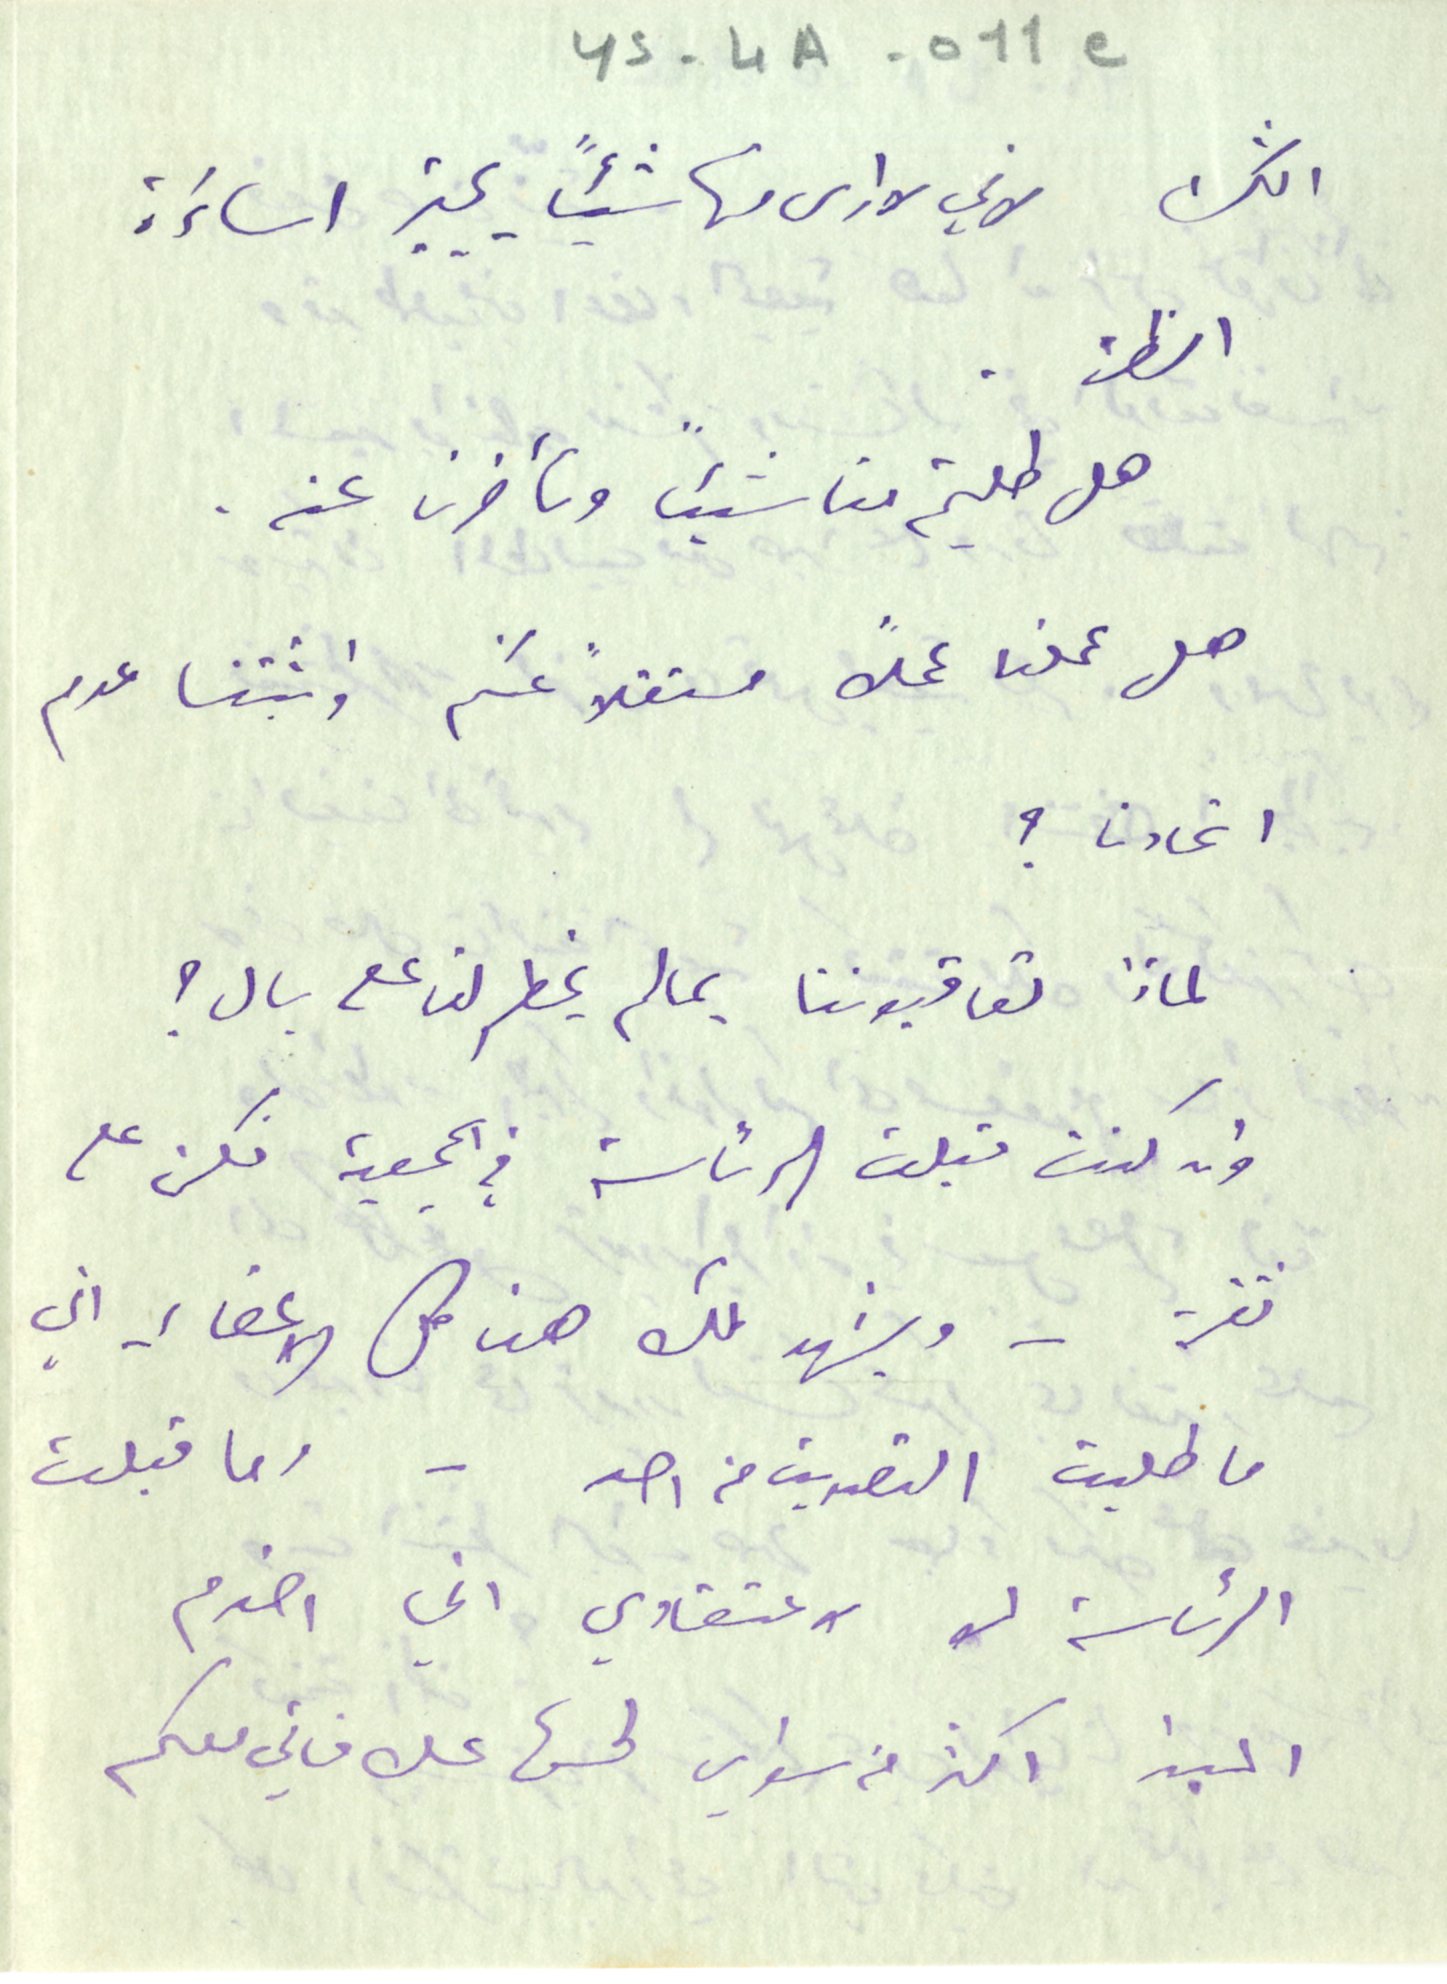
YS-4A-011e
الشك لاني لا ارى منها شيئًا يجيز اساءَة
الظن .
 هل طلبتم منا شيئاً وتأخرنا عنه.
 هل عملنا عملاً مستقلاً عنكم واثبتنا عدم
اتحادنا؟
لماذا تعاقبوننا بما لم يخطر لنا على بال ؟
وان كنت قبلت الرئاسة في الجمعية فكن على
ثقة – ويشهد لك هنا كل الاعضاء اني
ما طلبت التصديق من احد - وما قبلت
الرئاسة لو لاعتقادي اني اخدم
المبدا اكثر من سواي لحسن علاقاتي معكم